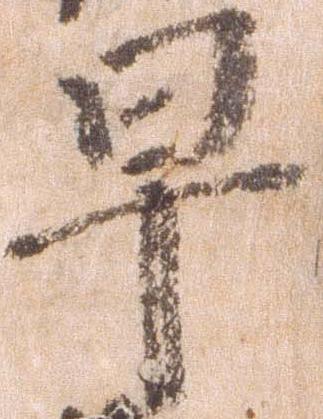
早